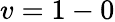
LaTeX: v=1-0